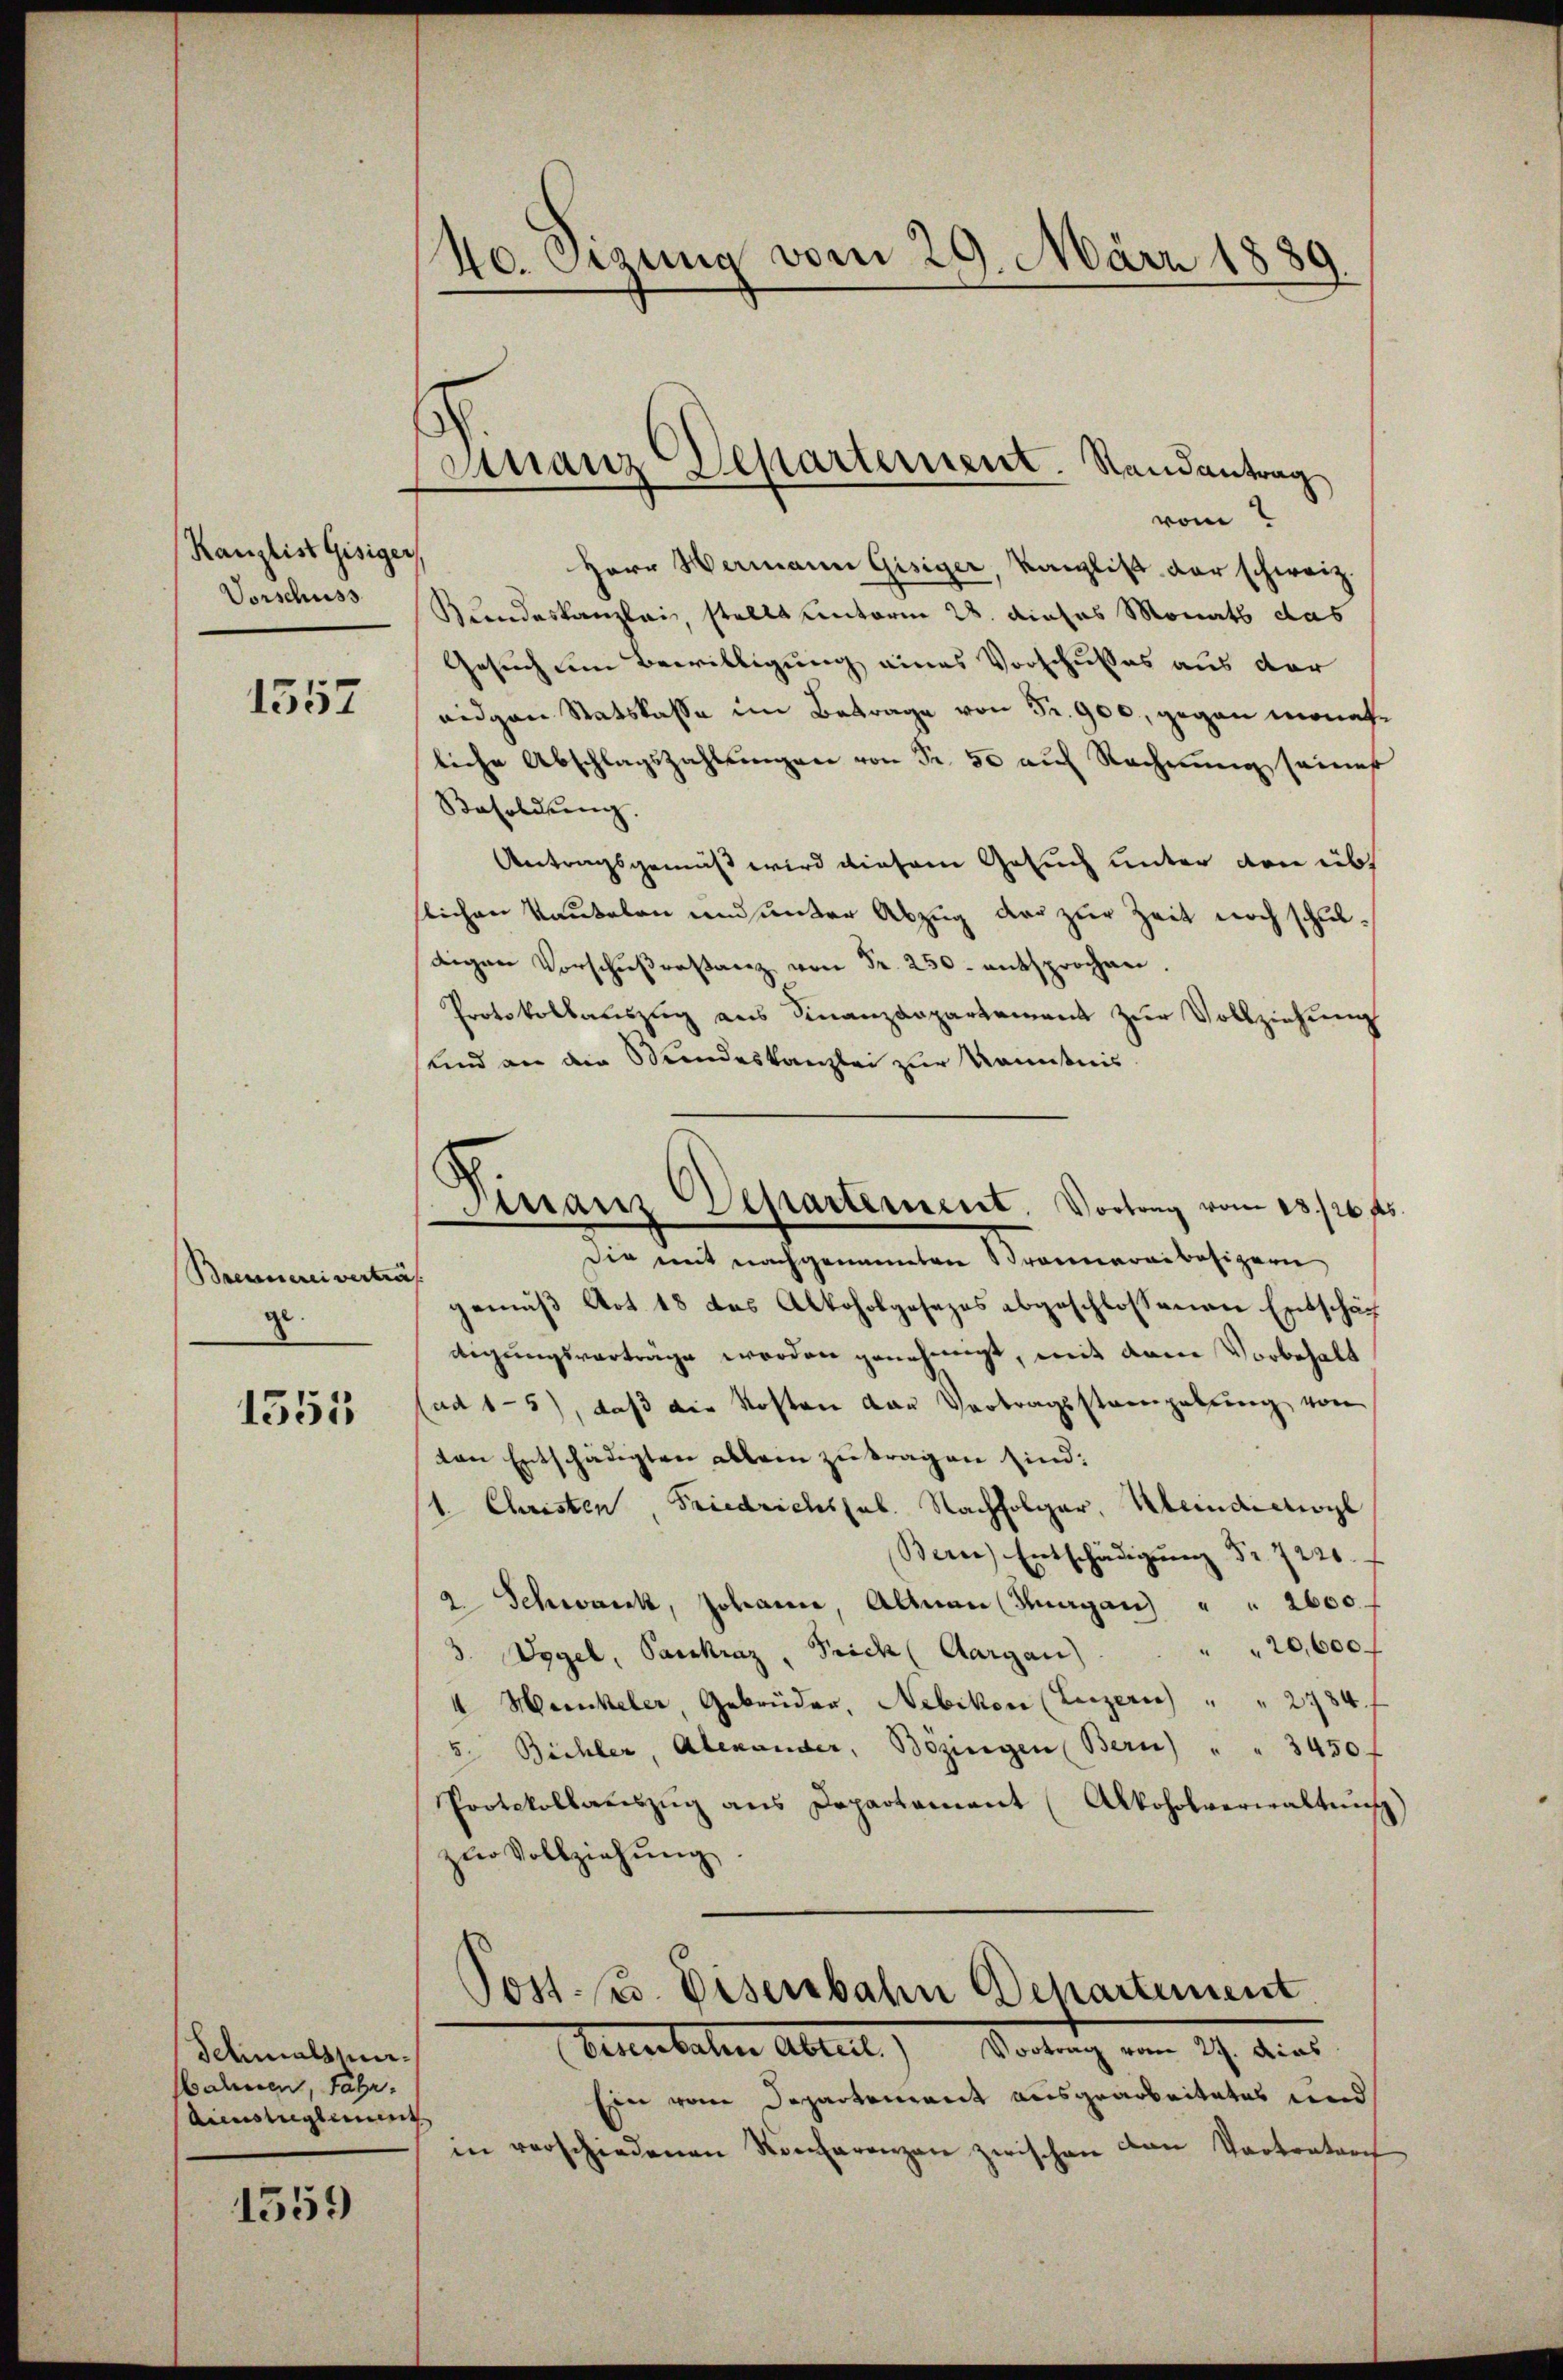
Kanzlist Gisiger
Vorschuss

1557

Brennerei vertre
g.

1555

Schmals erbahnen, fahr.
Ainstieglement

1559

40. Setzung vom 29. März 1889.

Finanz Departement. Randantrag
vom

Manz Departement. Vortrag vom 13/16 f

Herr Wermann Gisiger, Kanzlist der schweiz
Bundeskanzlei, stellt unterm 28. dieses Monats das
Gesuch um Bewilligung eines Vorschusses aus der
eidgen Statskasse im Betrage von Fr. 900, gegen monatliche Abschlagszahlungen von Fr. 50 auf Rechnung seines
Besoldung.
Antragsgemäß wird diesem Gesuch unter den üb
tlichen Kautelen und unter Abzug der zur Zeit noch schuldigen Vorschŭβrastanz von Fr. 250. entsprochen.
Protokollauszug aus Finanzdepartement zur Vollziehung
sund an die Stundeskanzlei zur Kenntnis
Die mit nachgementen Brauneralbesizeri
gemäβ Art. 18 das Alkoholgesezes abgeschlossenen Entschäf
digungsvorträge worden genehmigt, mit dem Vorbehalt
lad 15), daß die Kosten van Vortragsstaengelung von
ton Entschädigten ablein zu tragen sind:
1. Christen, Friedrichssal. Nachfolger, Kleidictioyl
Bern) Entschädigung Nr. 7220.
2. Schwanck, Johann, Altnau (Thurgau) " " 2600
20,600
3. Vogel, Paukraz, Frick (Aargau)
4. Marickeler Gebrüder, Nebikon (Luzern) " " 2784 f
5. Büchler, Alexander, Bözingen Bern) " " 3450 f
Protokollaŭszŭg ans Departament (Alkoholverwaltŭng
zŭr Vollziehŭng.
Post. (s. Eisenbahn Departement
Eisenbalen Abteil. Vortrag vom 27. dies
Ein vom Departement ausgearbeitetes und
in verschiedenen Konferenzen zwischen von Vertratoris